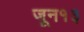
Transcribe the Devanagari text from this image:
जून१३